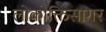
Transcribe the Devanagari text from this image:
लोकोक्तिसागर